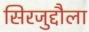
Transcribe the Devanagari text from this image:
सिरजुद्दौला